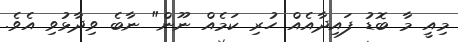
މިއީ މާ ބޮޑު ފައިދާއެއް ހުރި ކަމެއް ނޫން" ނާބެ ވިދާޅުވި އެވެ.